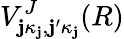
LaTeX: V_{\mathbf{j}\kappa_{\mathbf{j}},\mathbf{j}^{\prime}\kappa_{\mathbf{j}}}^{J}(R)